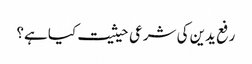
رفع یدین کی شرعی حیثیت کیا ہے؟